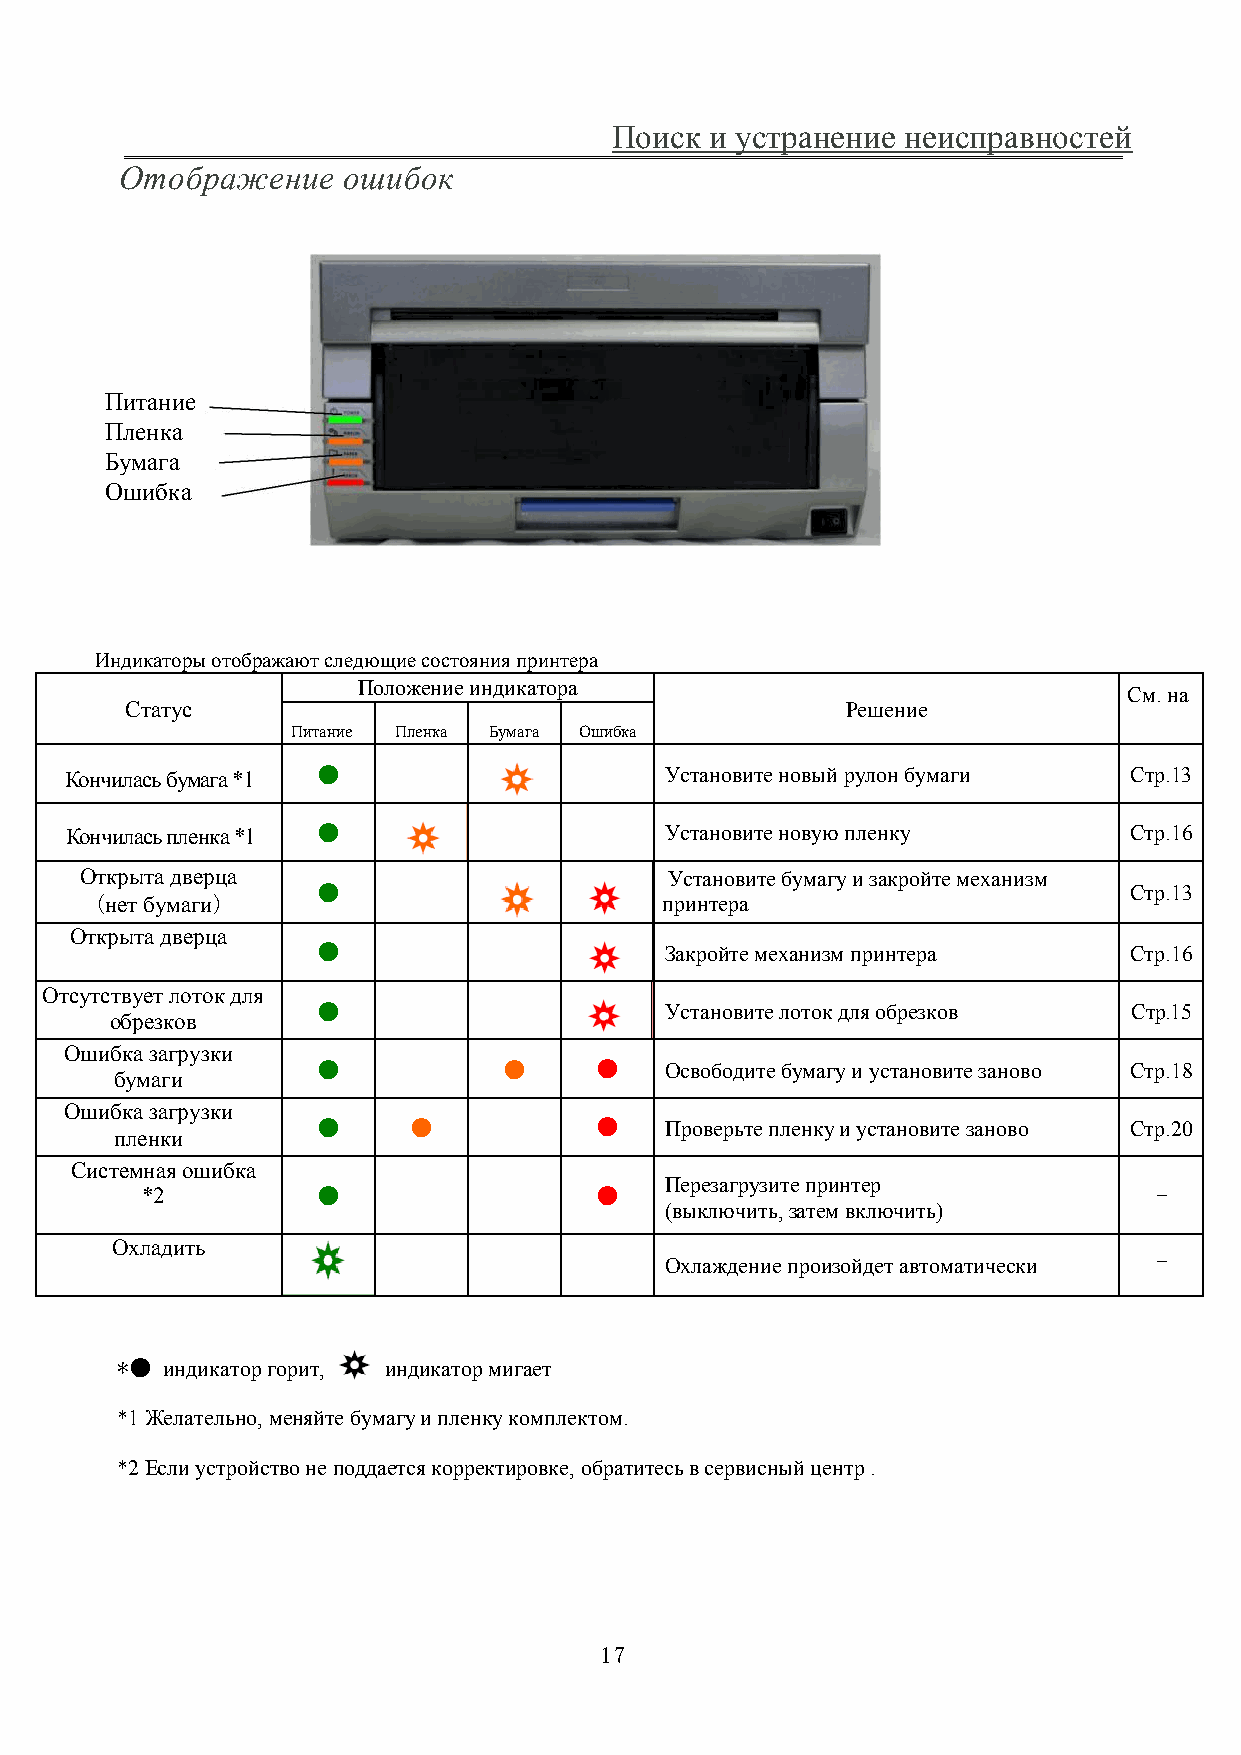
Поиск  и устранение неисправностей
 Отображение    ошибок
 Питание
 Пленка
 Бумага
 Ошибка
 Индикаторы отображают следющие состояния принтера
 Положение индикатора
 См. на
 Статус                                          Решение
 Питание Пленка Бумага Ошибка
 Кончилась бумага *1 ●                   Установите новый рулон бумаги  Стр.13
 Кончилась пленка *1 ●                   Установите новую пленку        Стр.16
 Открыта дверца                         Установите бумагу и закройте механизм
 ●                                                     Стр.13
 (нет бумаги)                          принтера
 Открыта дверца
 ●                      Закройте механизм принтера     Стр.16
 Отсутствует лоток для
 ●                      Установите лоток для обрезков  Стр.15
 обрезков
 Ошибка загрузки
 ●           ●     ●    Освободите бумагу и установите заново Стр.18
 бумаги
 Ошибка загрузки
 ●     ●           ●    Проверьте пленку и установите заново Стр.20
 пленки
 Системная ошибка
 Перезагрузите принтер
 *2          ●                 ●                                    -
 (выключить, затем включить)
 Охладить
 -
 Охлаждение произойдет автоматически
 *● индикатор горит, индикатор мигает
 *1 Желательно, меняйте бумагу и пленку комплектом.
 *2 Если устройство не поддается корректировке, обратитесь в сервисный центр .
 17